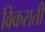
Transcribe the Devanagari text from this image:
विकसती